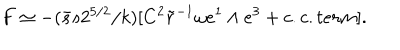
F \simeq - ( \bar { s } s 2 ^ { 5 / 2 } / k ) [ C ^ { 2 } \tilde { r } ^ { - 1 } \omega e ^ { 1 } \wedge e ^ { 3 } + c . c . t e r m ] .